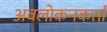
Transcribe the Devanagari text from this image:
अवलोकनकर्ता